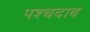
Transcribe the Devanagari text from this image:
पश्चदाब